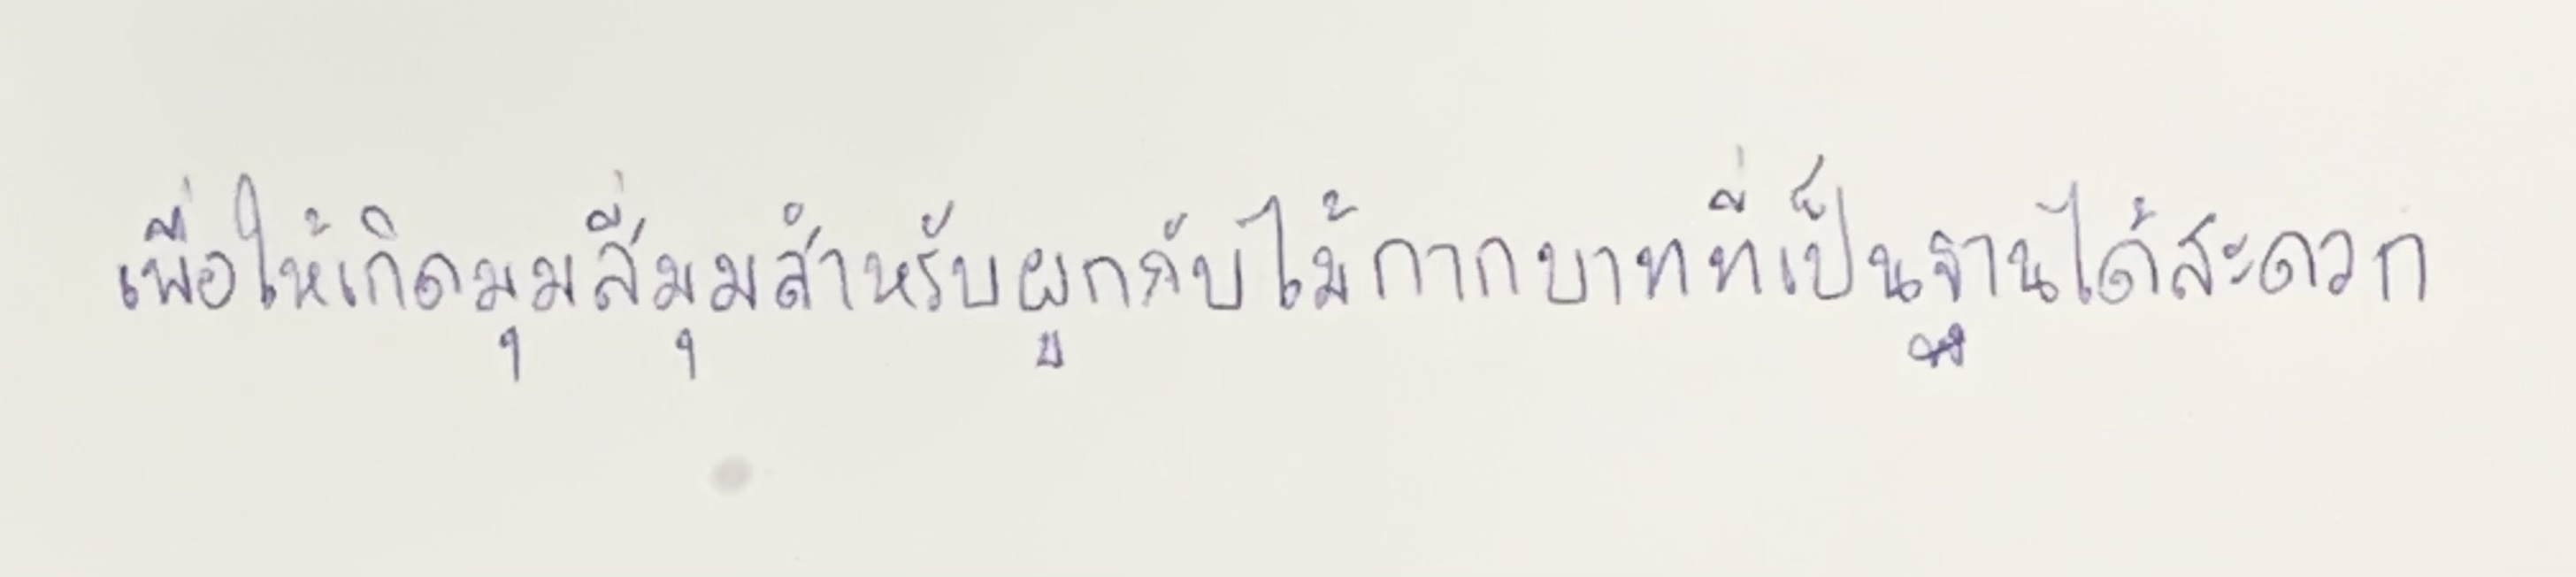
เพื่อให้เกิดมุมสี่มุมสำหรับผูกกับไม้กากบาทที่เป็นฐานได้สะดวก